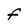
Character: f